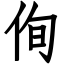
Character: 侚